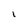
Character: i